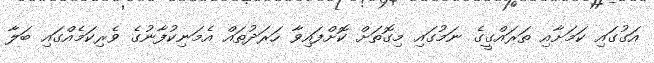
އަގުގައި ކަމަށާއި ތަރައްގީގެ ނަމުގައި މިގޮތަށް ކޮށްފައިވާ ހަރަދުތައް އެމަނިކުފާނުގެ ވެރިކަމެއްގައި ބަލާ